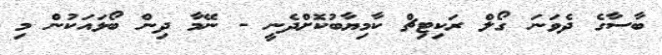
ބާސާގެ ދެވަނަ ގޯލް ރަކިޓިޗް ކާމިޔާބުކޮށްދެނީ - ނޭމާ ދިން ބޯޅައަކުން މި